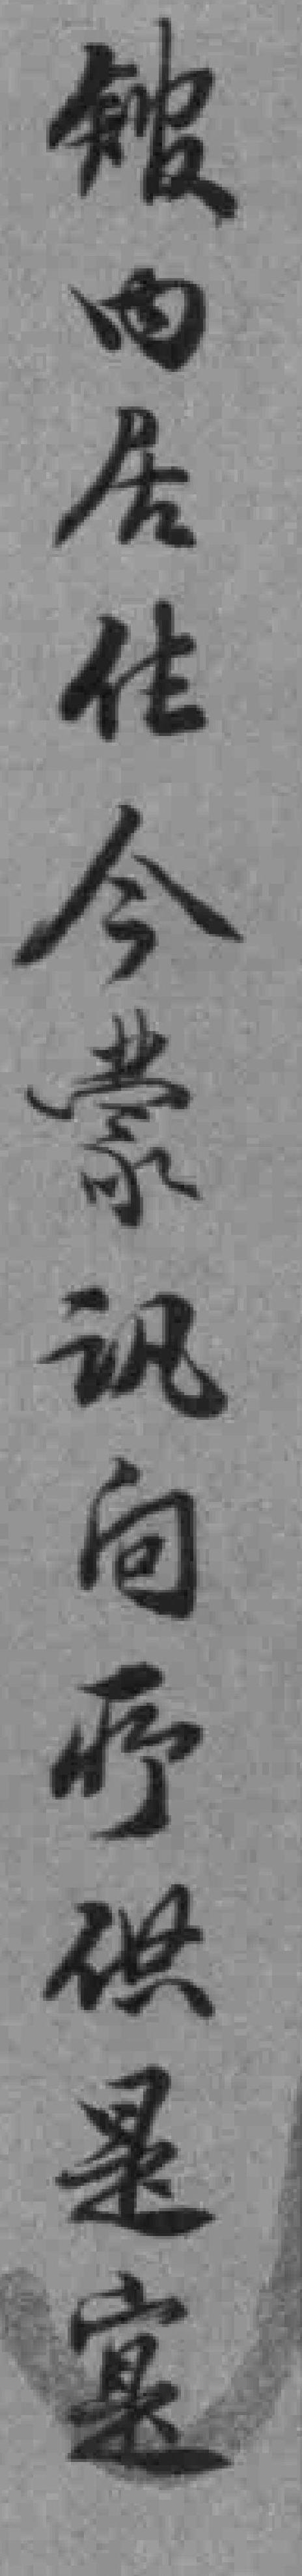
舘内居住今蒙讯问所供是寔